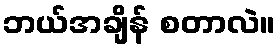
ဘယ်အချိန် စတာလဲ။